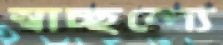
স্বাচ্ছন্দ্যে